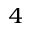
_ { 4 }